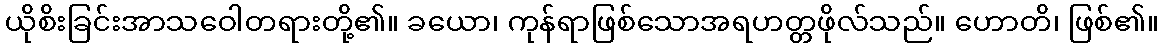
ယိုစိးခြင်းအာသဝေါတရားတို့၏။ ခယော၊ ကုန်ရာဖြစ်သောအရဟတ္တဖိုလ်သည်။ ဟောတိ၊ ဖြစ်၏။